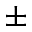
\pm